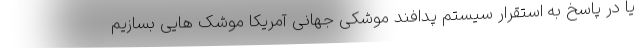
یا در پاسخ به استقرار سیستم پدافند موشکی جهانی آمریکا موشک هایی بسازیم